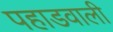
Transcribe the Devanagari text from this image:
पहाडवाली